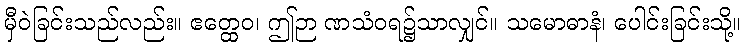
မှီဝဲခြင်းသည်လည်း။ ဧတ္ထေဝ၊ ဤဉာ ဏသံဝရ၌သာလျှင်။ သမောဓာနံ၊ ပေါင်းခြင်းသို့။